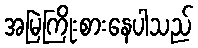
အမြဲကြိုးစားနေပါသည်